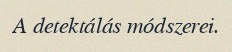
A detektálás módszerei.